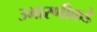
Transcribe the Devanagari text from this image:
उभारणीकडे